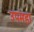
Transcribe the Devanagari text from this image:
उपमहा